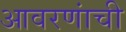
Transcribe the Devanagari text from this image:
आवरणांची